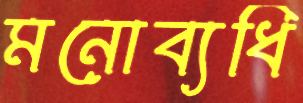
মনোব্যধি